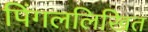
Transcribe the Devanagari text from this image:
पिंगललिखित